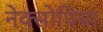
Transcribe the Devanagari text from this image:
नेक्सोपिया